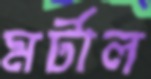
মর্টাল